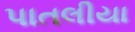
પાતલીયા